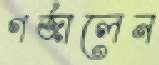
গর্জালেন